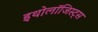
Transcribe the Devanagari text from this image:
इथोलॉजिस्ट्स